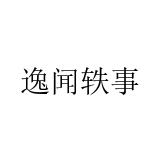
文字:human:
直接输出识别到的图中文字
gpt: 逸闻轶事